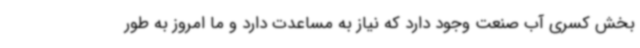
بخش کسری آب صنعت وجود دارد که نیاز به مساعدت دارد و ما امروز به طور